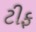
ટીફ